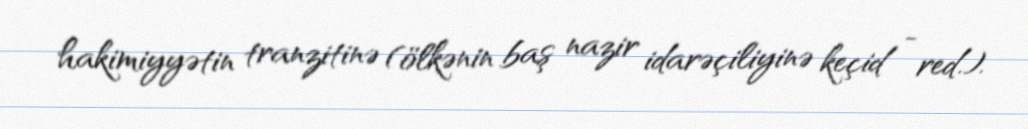
hakimiyyətin tranzitinə (ölkənin baş nazir idarəçiliyinə keçid - red.).